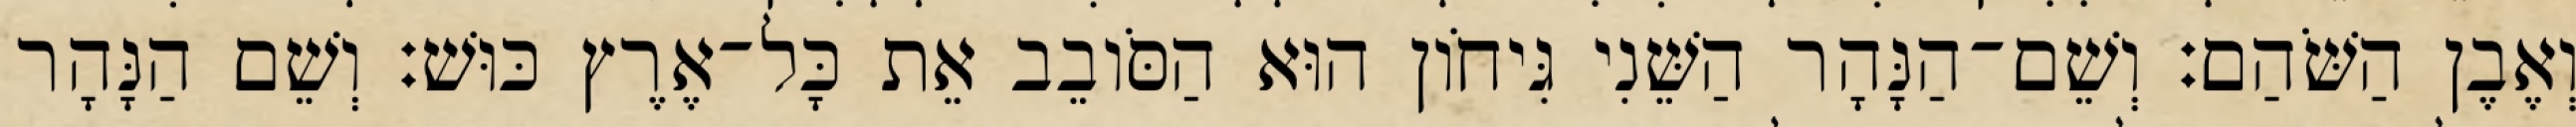
וְאֶבֶן הַשֹּׁהַם׃ וְשֵׁם־הַנָּהָר הַשֵּׁנִי גִּיחֹון הוּא הַסֹּובֵב אֵת כָּל־אֶרֶץ כּוּשׁ׃ וְשֵׁם הַנָּהָר